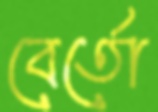
বের্তো